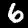
Label: 6